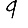
Digit: 9